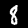
Digit: 8